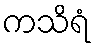
ကသိရံ